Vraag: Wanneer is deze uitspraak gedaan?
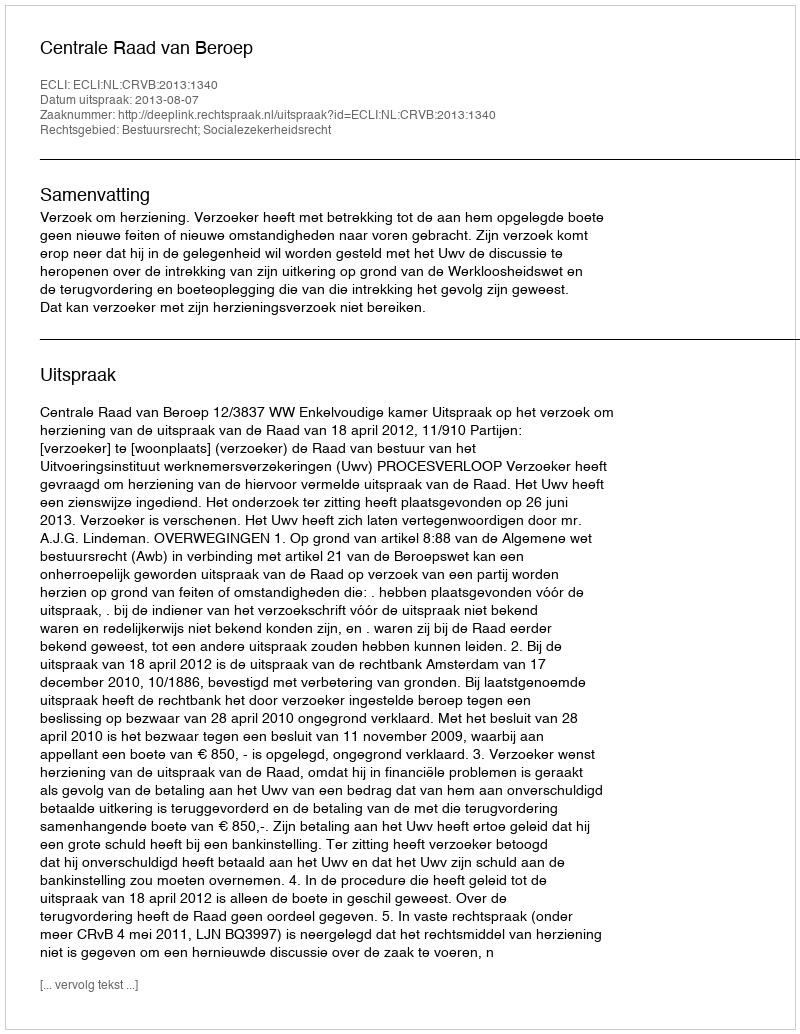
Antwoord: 2013-08-07